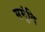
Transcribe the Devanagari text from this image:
समुंदि